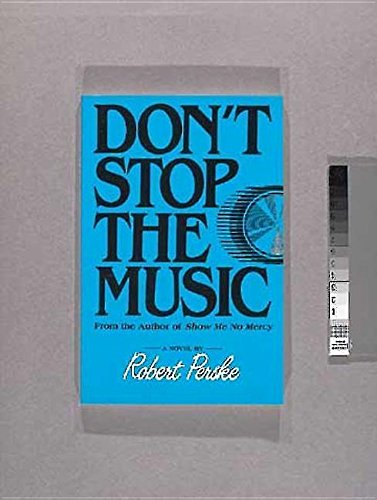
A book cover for Don't Stop the Music; Robert Perske; Teen & Young Adult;